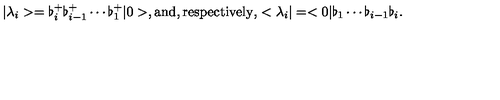
| \lambda _ { i } > = \flat _ { i } ^ { + } \flat _ { i - 1 } ^ { + } \cdots \flat _ { 1 } ^ { + } | 0 > , \mathrm { a n d , r e s p e c t i v e l y , } < \lambda _ { i } | = < 0 | \flat _ { 1 } \cdots \flat _ { i - 1 } \flat _ { i } .